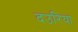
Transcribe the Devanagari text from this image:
दउरिया